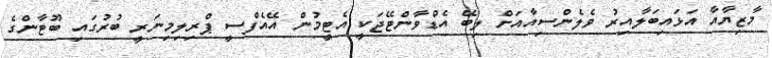
މާޒިޔާއާ އަޅައިބަލާއިރު ވެލެންސިއާއަށް ލިބޭ އެޑްވާންޓޭޖަކީ އެޓީމުން އޭއެފްސީ ޕްރިލިމިނަރީ ބުރުގައި ބޫޓާންގެ